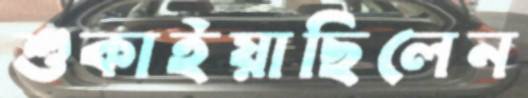
শুকাইয়াছিলেন